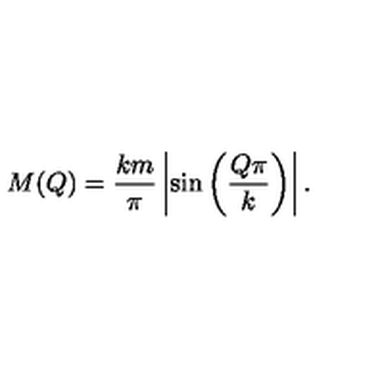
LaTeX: M ( Q ) = \frac { k m } { \pi } \left| \sin \left( \frac { Q \pi } { k } \right) \right| .